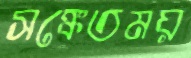
সঙ্কেতময়